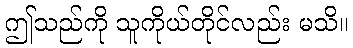
ဤသည်ကို သူကိုယ်တိုင်လည်း မသိ။